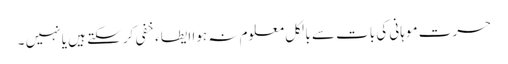
حسرت موہانی کی بات سے بالکل معلوم نہ ہوا ایطاء خفی کر سکتے ہیں یا نہیں ۔